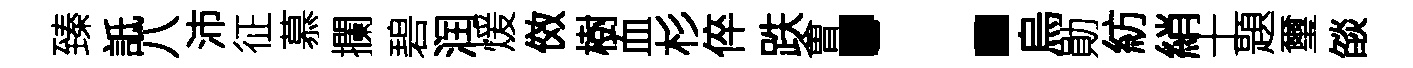
臻詆八沛征慕攔碧润煖傚樹血杉倅跌㑹：烏勛紡綃士題璽燄